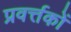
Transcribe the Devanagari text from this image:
प्रवर्त्तकों